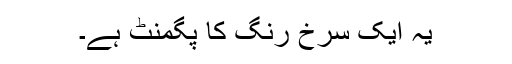
یہ ایک سرخ رنگ کا پگمنٹ ہے۔